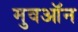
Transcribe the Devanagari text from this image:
मुवऑन